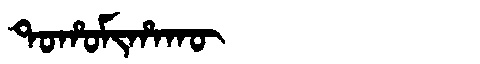
Manchu: ᡨᠣᡥᠣᠮᡳᡥᠠᡴᡡ
Romanization: TOHOMIHAKŪ